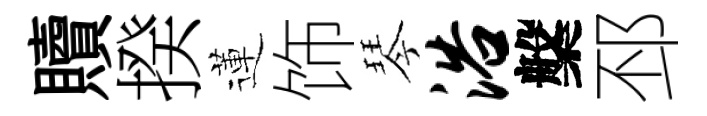
贖揆蓮饰琴浴槃邳